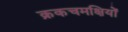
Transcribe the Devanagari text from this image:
क्रकचमक्षियों